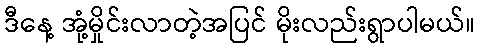
ဒီနေ့ အုံ့မှိုင်းလာတဲ့အပြင် မိုးလည်းရွာပါမယ်။